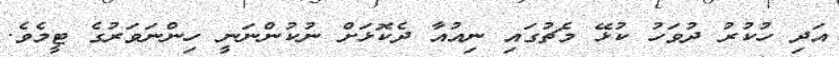
އަދި ހުކުރު ދުވަހު ކުޅޭ މެޗުގައި ނިއުއާ ދެކޮޅަށް ނުކުންނަނީ ހިންނަވަރުގެ ޓީމެވެ.